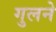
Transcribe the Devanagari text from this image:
गुलने